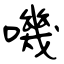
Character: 嘰